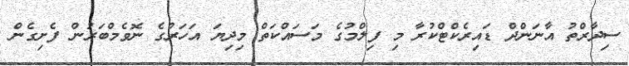
ސިދާރްތު އާނަންދް ޑައިރެކްޓްކުރާ މި ފިލްމުގެ މަސައްކަތް މިދިޔަ އަހަރުގެ ނޮވެމްބަރުން ފެށިގެން